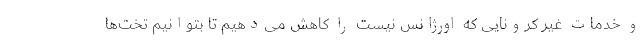
و خدمات غیر کرونایی که اورژانس نیست را کاهش می‌دهیم تا بتوانیم تخت‌ها